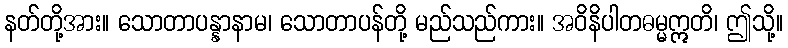
နတ်တို့အား။ သောတာပန္နာနာမ၊ သောတာပန်တို့ မည်သည်ကား။ အဝိနိပါတဓမ္မဣတိ၊ ဤသို့။